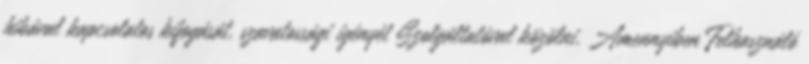
hibával kapcsolatos kifogását, szavatossági igényét Szolgáltatóval közölni. Amennyiben Felhasználó